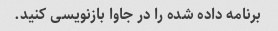
برنامه داده شده را در جاوا بازنویسی کنید.